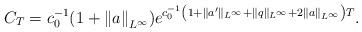
LaTeX: \begin{align*} C_{T}=c_{0}^{-1}(1+\left\|a\right\|_{L^{\infty}})e^{c_{0}^{-1}\left(1+\|a^{\prime}\|_{L^{\infty}}+\|q\|_{L^{\infty}}+2\left\|a\right\|_{L^{\infty}}\right)T}. \end{align*}